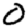
Digit: 0